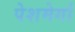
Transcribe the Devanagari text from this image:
पेशमेर्गा